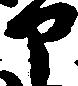
部